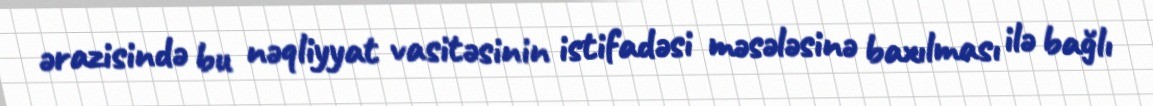
ərazisində bu nəqliyyat vasitəsinin istifadəsi məsələsinə baxılması ilə bağlı